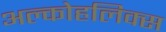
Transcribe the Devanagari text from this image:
अल्कोहलिक्स